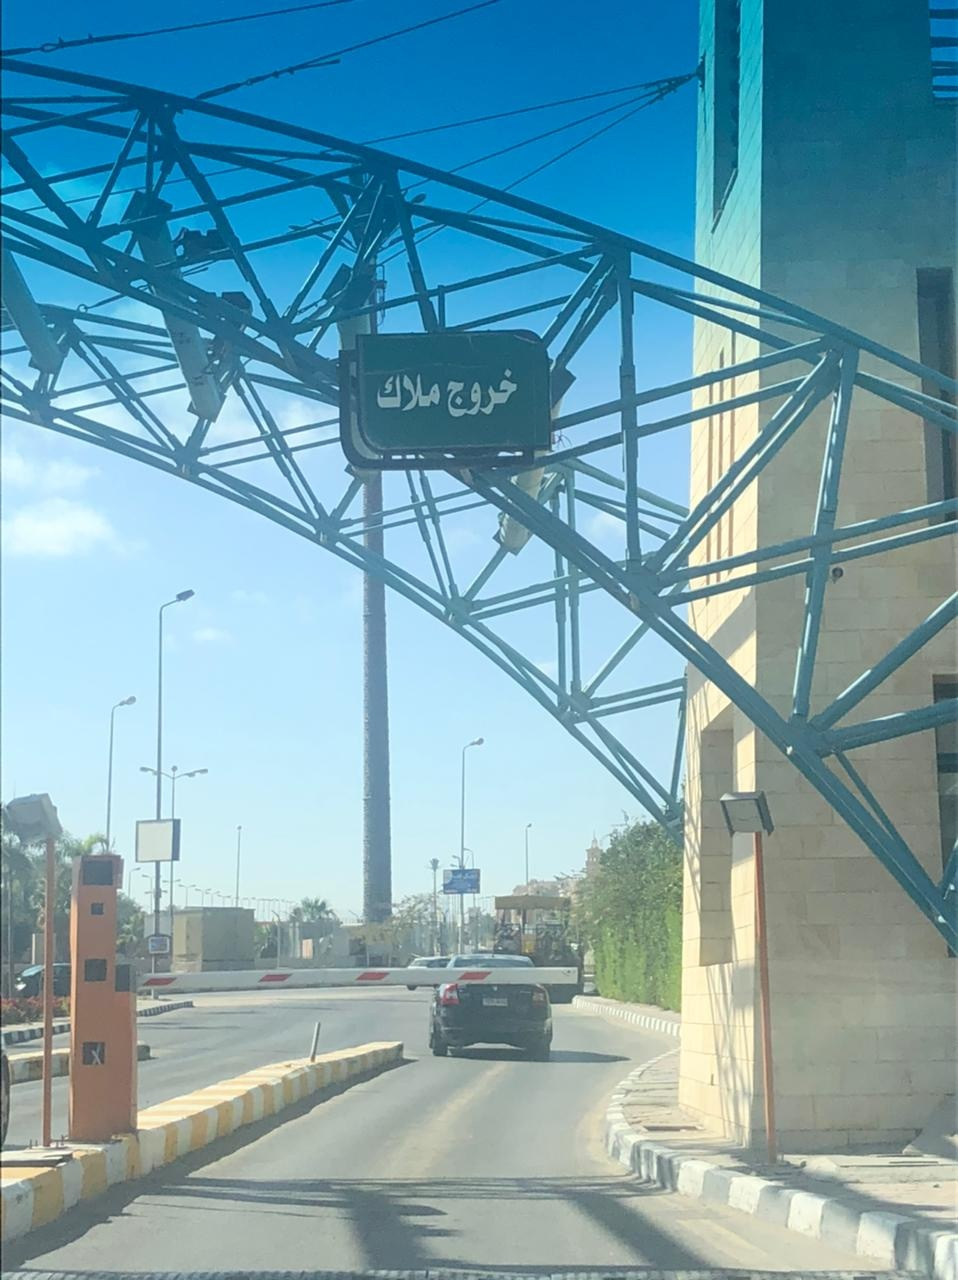
Text in image: ملاك خروج